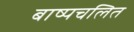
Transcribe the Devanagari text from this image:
बाष्पचलित